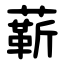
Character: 龩